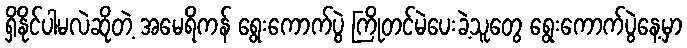
ရှိနိုင်ပါမလဲဆိုတဲ့ အမေရိကန် ရွေးကောက်ပွဲ ကြိုတင်မဲပေးခဲ့သူတွေ ရွေးကောက်ပွဲနေ့မှာ